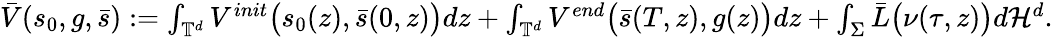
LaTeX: \begin{array}{r}{\bar{V}(s_{0},g,\bar{s}):=\int_{\mathbb{T}^{d}}V^{init}\big({s}_{0}(z),\bar{s}(0,z)\big)dz+\int_{\mathbb{T}^{d}}V^{end}\big(\bar{s}(T,z),g(z)\big)dz+\int_{\Sigma}\bar{L}\big(\nu(\tau,z)\big)d\mathcal{H}^{d}.}\end{array}